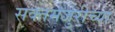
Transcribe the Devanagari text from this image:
सक्तमजुरीच्या